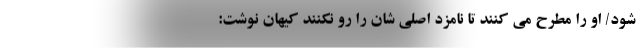
شود/ او را مطرح می کنند تا نامزد اصلی شان را رو نکنند کیهان نوشت: